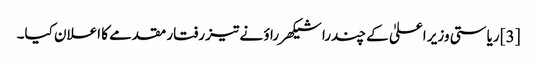
[3] ریاستی وزیر اعلیٰ کے چندرا شیکھر راؤ نے تیز رفتار مقدمے کا اعلان کیا۔